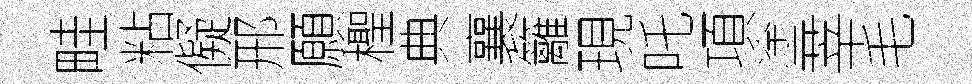
畦粘儗邢願檉典襄籬現吒項塗莘毛